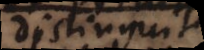
distinguit